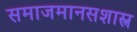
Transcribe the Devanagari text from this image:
समाजमानसशास्त्र